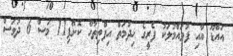
އައްޑޫ އާއި ފުވައްމުލަކު ފެރީގެ ޚިދުމަތް އިފްތިތާޙް ކޮށްފި11 މަސް 6 ދުވަސް